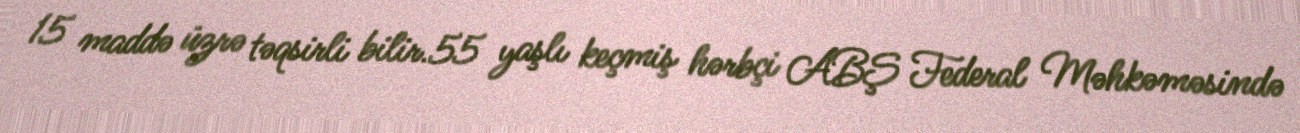
15 maddə üzrə təqsirli bilir.55 yaşlı keçmiş hərbçi ABŞ Federal Məhkəməsində